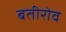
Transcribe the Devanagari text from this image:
बतीरोव